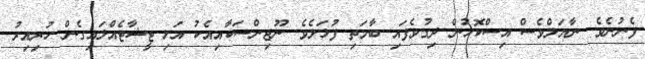
ފެނުނެވެ. ނާޔަލްވެސް އިސްކޮޅުން ދިގުވެފައި ބާމަތި ފުޅަލެވެ. ނޫޖިންސަކާއިއެކު އަޅި ޓީޝާޓެއްލައިގެން ހުރިއިރު